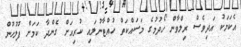
އެކަމަކު އަދިވެސް ރިލްވާން ހޯދުމުގެ މަސައްކަތް ހުއްޓާނުލައި ކުރިއަށް ގެންދާ ކަމަށް ފުލުހުން